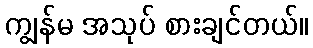
ကျွန်မ အသုပ် စားချင်တယ်။